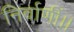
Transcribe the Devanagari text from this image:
निर्वाणीं।।